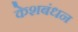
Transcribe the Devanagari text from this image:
केशबंधन